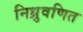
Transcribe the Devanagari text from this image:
निध्रुवणित